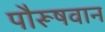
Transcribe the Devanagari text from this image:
पौरूषवान